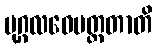
ပုဂ္ဂလဝေမတ္တတာတိ